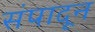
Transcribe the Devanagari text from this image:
संपादून